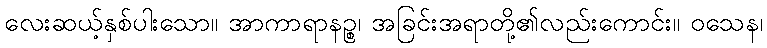
လေးဆယ့်နှစ်ပါးသော။ အာကာရာနဉ္စ၊ အခြင်းအရာတို့၏လည်းကောင်း။ ဝသေန၊